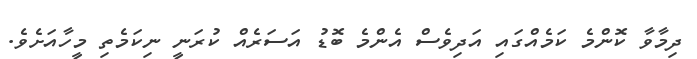
ދިމާވާ ކޮންމެ ކަމެއްގައި އަދިވެސް އެންމެ ބޮޑު އަސަރެއް ކުރަނީ ނިކަމެތި މީހާއަށެވެ.